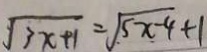
\sqrt { 3 x + 1 } = \sqrt { 5 x - 4 } + 1